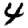
Digit: 4